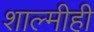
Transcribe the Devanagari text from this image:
शाल्मीही